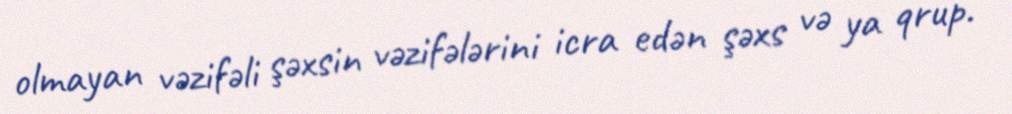
olmayan vəzifəli şəxsin vəzifələrini icra edən şəxs və ya qrup.